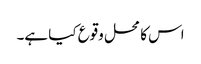
اس کا محل وقوع کیا ہے۔